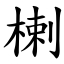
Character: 楋